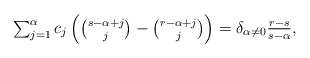
\begin{align*}\textstyle \sum_{j=1}^\alpha c_j \left({s - \alpha + j \choose j} - {r - \alpha + j \choose j}\right) = \delta_{\alpha \ne 0} \frac{r-s}{s-\alpha},\end{align*}